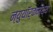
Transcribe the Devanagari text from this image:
न्युयॉर्कमध्ये